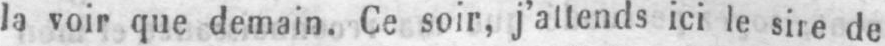
la voir que demain. Ce soir, j’attends ici le sire de